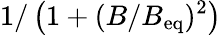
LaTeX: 1/\left(1+(B/B_{\mathrm{eq}})^{2}\right)